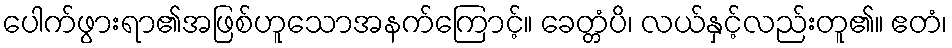
ပေါက်ဖွားရာ၏အဖြစ်ဟူသောအနက်ကြောင့်။ ခေတ္တံပိ၊ လယ်နှင့်လည်းတူ၏။ ဧတံ၊